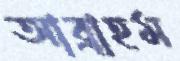
আব্রাহম